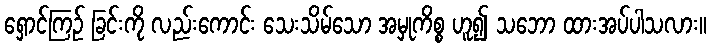
ရှောင်ကြဉ် ခြင်းကို လည်းကောင်း သေးသိမ်သော အမှုကိစ္စ ဟူ၍ သဘော ထားအပ်ပါသလား။